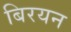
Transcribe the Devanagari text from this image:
बिरयन